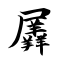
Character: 羼